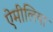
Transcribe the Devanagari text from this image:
ऐमीलिया